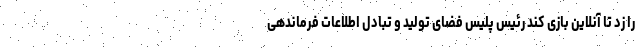
را زد تا آنلاین بازی کند رئیس پلیس فضای تولید و تبادل اطلاعات فرماندهی